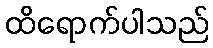
ထိရောက်ပါသည်